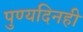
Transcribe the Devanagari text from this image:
पुण्यदिनही